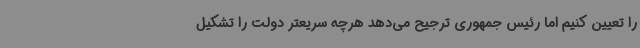
را تعیین کنیم اما رئیس جمهوری ترجیح می‌دهد هرچه سریعتر دولت را تشکیل